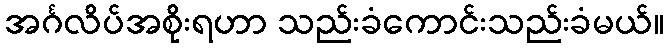
အင်္ဂလိပ်အစိုးရဟာ သည်းခံကောင်းသည်းခံမယ်။